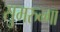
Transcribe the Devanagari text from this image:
सुमरुन्गा